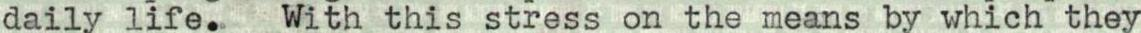
daily life. With this stress on the means by which they